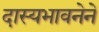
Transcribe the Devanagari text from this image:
दास्यभावनेने